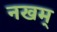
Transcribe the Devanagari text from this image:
नखम्